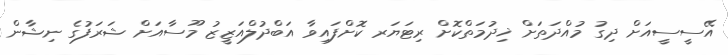
އޭސީސީއަށް ދިގު މުއްދަތަށް ޚިދުމަތްކޮށް ރިޓަޔަރ ކޮށްފައިވާ އަބްދުލްއަޒީޒު މޫސާއަށް ޝަރަފުގެ ނިޝާން